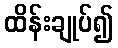
ထိန်းချုပ်၍